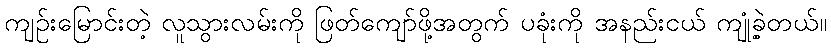
ကျဉ်းမြောင်းတဲ့ လူသွားလမ်းကို ဖြတ်ကျော်ဖို့အတွက် ပခုံးကို အနည်းငယ် ကျုံ့ခဲ့တယ်။